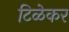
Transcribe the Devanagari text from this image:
टिळेकर